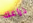
ذراعك